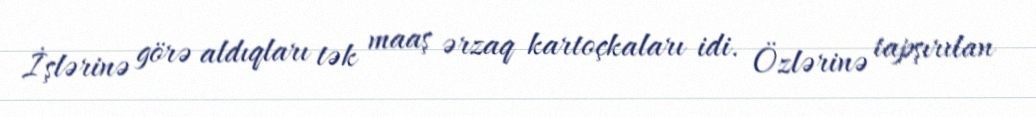
İşlərinə görə aldıqları tək maaş ərzaq kartoçkaları idi. Özlərinə tapşırılan